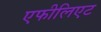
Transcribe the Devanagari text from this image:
एफीलिएट